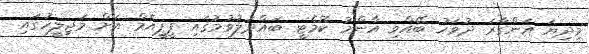
މިދިޔަ އަންގާރަ ދުވަހު ބޭއްވި އާންމު ކޮމެޓީ ބައްދަލުވުމުގައި ޕީޕީއެމް އަށް މަޖިލީހުގައި